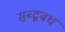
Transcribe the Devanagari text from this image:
सब्द्बबध